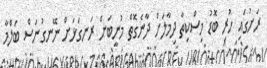
ރަށުގައި ހުރި ބޮޑު މިސްކިތާ ދިމާލަށް ދާނެގޮތް މުނީބަށް ރަނގަޅަށް ނޭނގުނަސް ބަލްމާ